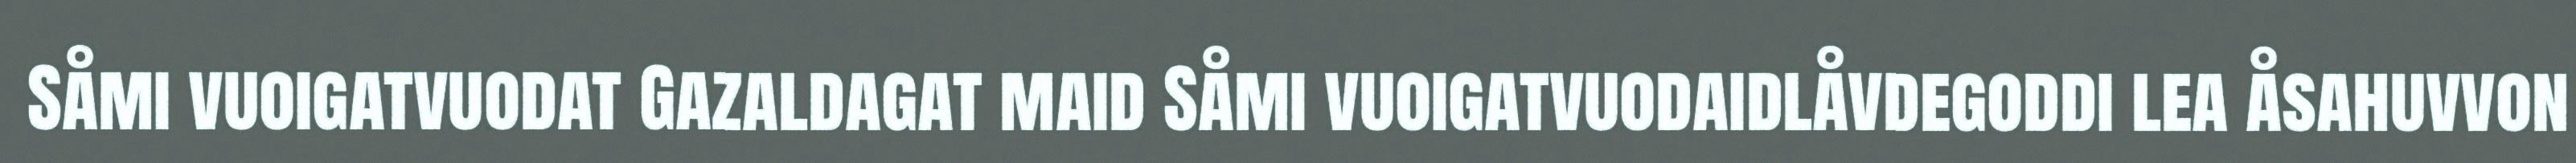
Såmi vuoigatvuodat Gazaldagat maid Såmi vuoigatvuodaidlåvdegoddi lea åsahuvvon